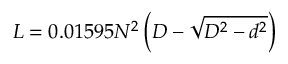
L = 0 . 0 1 5 9 5 N ^ { 2 } \left( D - { \sqrt { D ^ { 2 } - d ^ { 2 } } } \right)